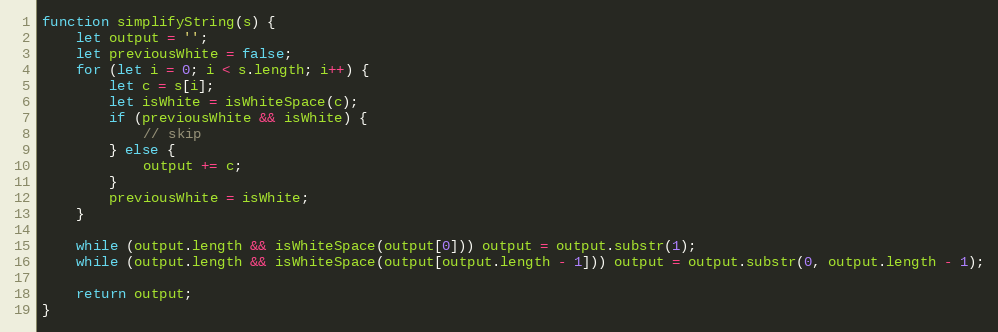
Language: JavaScript
function simplifyString(s) {
	let output = '';
	let previousWhite = false;
	for (let i = 0; i < s.length; i++) {
		let c = s[i];
		let isWhite = isWhiteSpace(c);
		if (previousWhite && isWhite) {
			// skip
		} else {
			output += c;
		}
		previousWhite = isWhite;
	}

	while (output.length && isWhiteSpace(output[0])) output = output.substr(1);
	while (output.length && isWhiteSpace(output[output.length - 1])) output = output.substr(0, output.length - 1);

	return output;
}